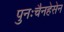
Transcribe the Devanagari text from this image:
पुनःचैनहेसेन